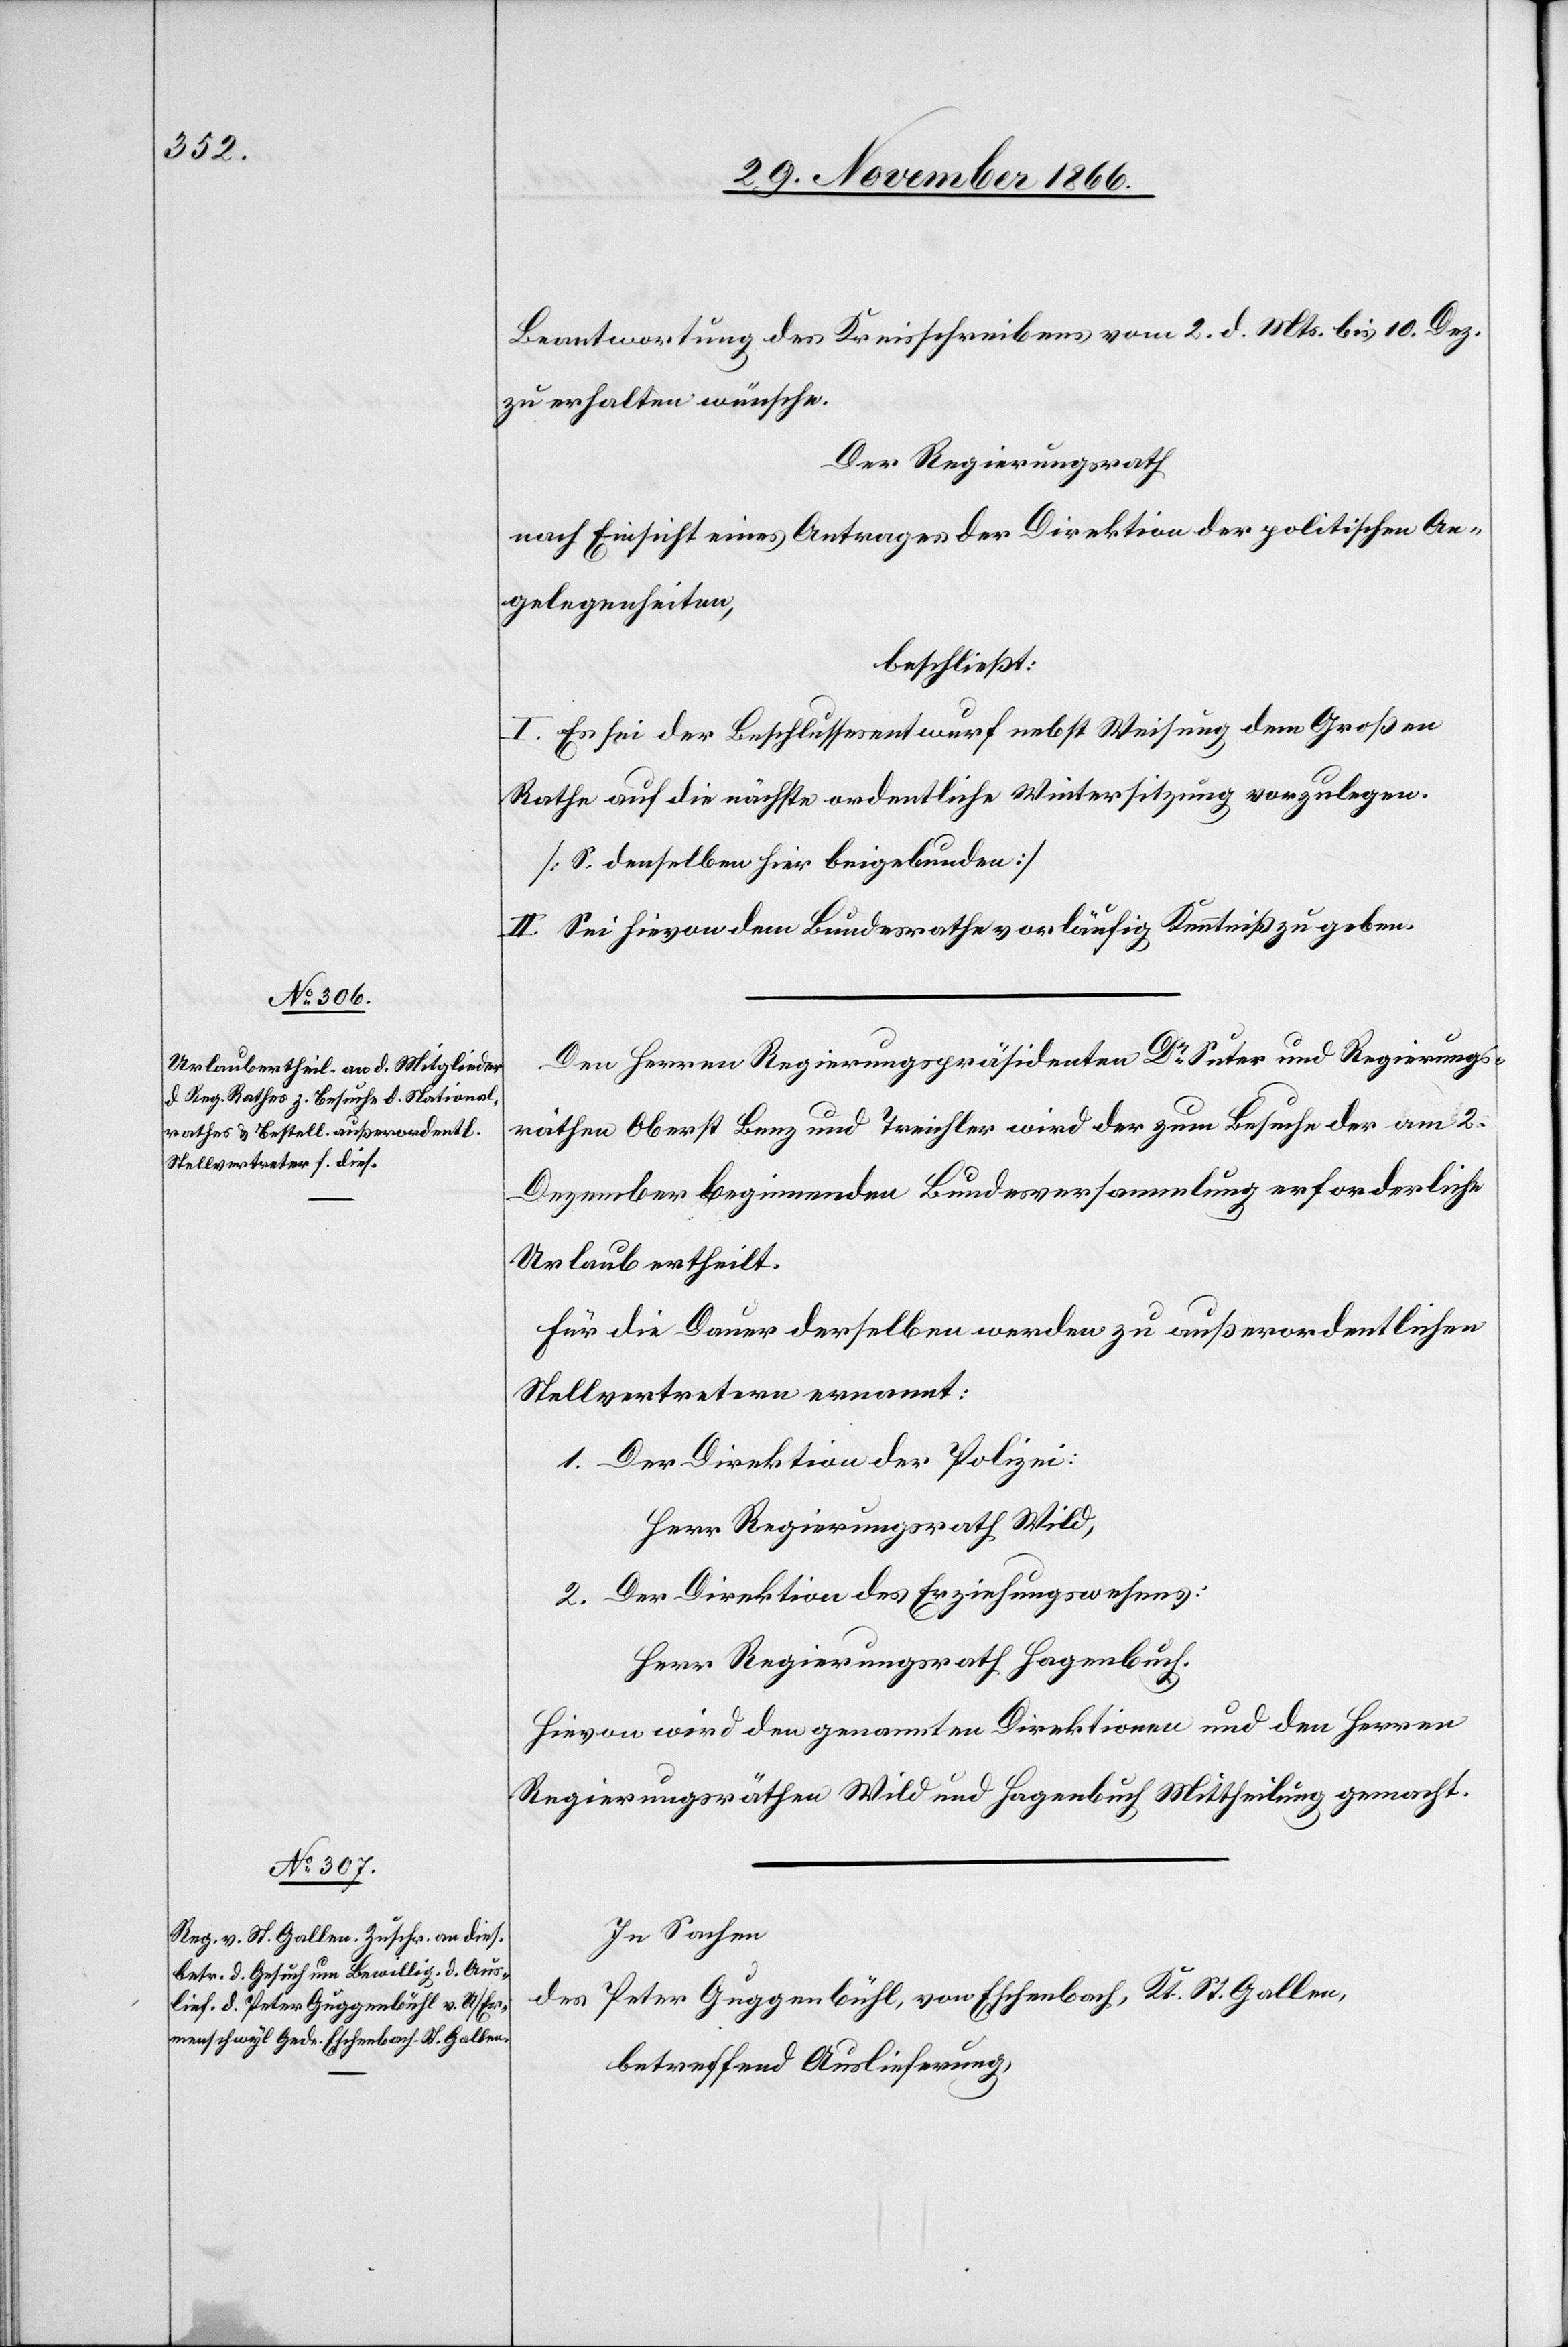
Beantwortung des Kreisschreibens vom 2. d. Mts. bis 10. Dez.
zu erhalten wünsche.
Der Regierungsrath,
nach Einsicht eines Antrages der Direktion der politischen An¬
gelegenheiten,
beschließt:
I. Es sei der Beschlussesentwurf nebst Weisung dem Großen
Rathe auf die nächste ordentliche Wintersitzung vorzulegen.
[S. denselben hier beigebunden].
II. Sei hievon dem Bundesrathe vorläufig Kenntniß zu geben.
Den Herren Regierungspräsidenten Dr. Suter und Regierungs¬
räthen Oberst Benz und Treichler wird der zum Besuche der am 2.
Dezember beginnenden Bundesversammlung erforderliche
Urlaub ertheilt.
Für die Dauer derselben werden zu außerordentlichen
Stellvertretern ernannt:
1. Der Direktion der Polizei:
Herr Regierungsrath Wild,
2. Der Direktion des Erziehungswesens:
Herr Regierungsrath Hagenbuch.
Hievon wird den genannten Direktionen und den Herren
Regierungsräthen Wild und Hagenbuch Mittheilung gemacht.
In Sachen
des Peter Guggenbühl, von Eschenbach, Kt. St. Gallen,
betreffend Auslieferung,